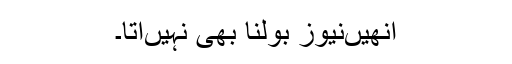
انھیںنیوز بولنا بھی نہیںآتا۔